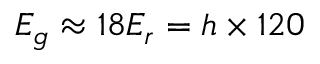
E _ { g } \approx 1 8 E _ { r } = h \times 1 2 0